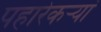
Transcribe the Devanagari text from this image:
पहारेकऱ्यां